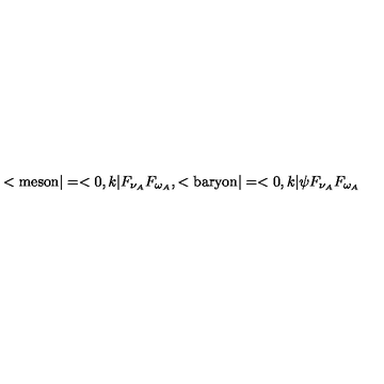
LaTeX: < \mathrm { m e s o n } | = < 0 , k | F _ { \nu _ { A } } F _ { \omega _ { A } } , < \mathrm { b a r y o n } | = < 0 , k | \psi F _ { \nu _ { A } } F _ { \omega _ { A } }